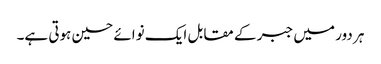
ہر دور میں جبر کے مقابل ایک نوائے حسین ہوتی ہے۔